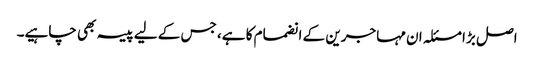
اصل بڑا مسئلہ ان مہاجرین کے انضمام کا ہے، جس کے لیے پیسہ بھی چاہیے۔